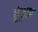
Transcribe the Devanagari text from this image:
कुंडुझ